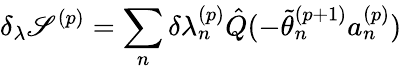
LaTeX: \delta_{\lambda}\mathscr{S}^{(p)}=\sum_{n}^{}\delta{\lambda_{n}^{(p)}}\hat{{Q}}(-\tilde{{\theta}}_{n}^{(p+1)}a_{n}^{(p)})